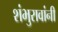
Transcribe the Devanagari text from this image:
शंभुरावांनी